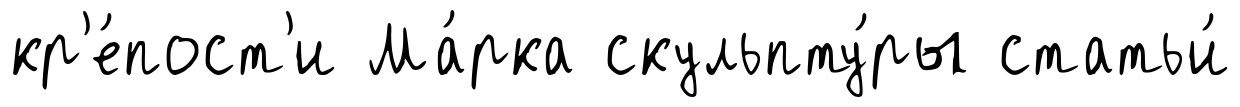
кр'е́пост'и Ма́рка скульпту́ры статьи́